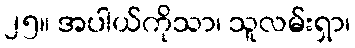
၂၅။ အပါယ်ကိုသာ၊ သူလမ်းရှာ၊